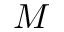
M